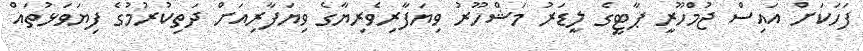
ފަހަކަށް އައިސް ޖުމްހޫރީ ޕާޓީގެ ލީޑަރު މަޝްހޫރު ވިޔަފާރިވެރިޔާގެ ވިޔަފާރިއަށް ދަތިކުރުމުގެ ފިޔަވަޅުތައް